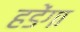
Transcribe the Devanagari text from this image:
हडेंगा